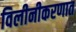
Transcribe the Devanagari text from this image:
विलीनीकरणात